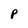
Character: P